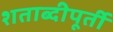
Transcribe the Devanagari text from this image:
शताब्दीपूर्ती